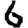
Digit: 6